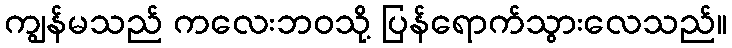
ကျွန်မသည် ကလေးဘဝသို့ ပြန်ရောက်သွားလေသည်။